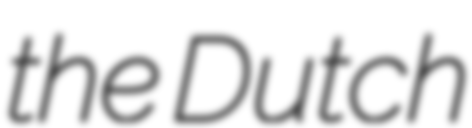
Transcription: the Dutch